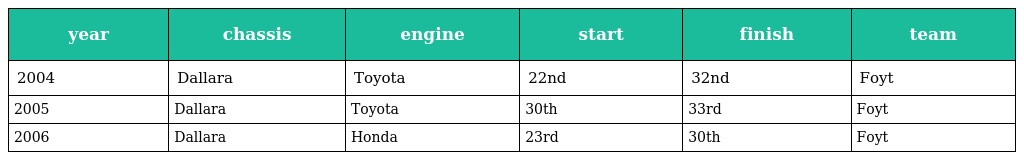
| year | chassis | engine | start | finish | team |
 | --- | --- | --- | --- | --- | --- |
 | 2004 | Dallara | Toyota | 22nd | 32nd | Foyt |
 | 2005 | Dallara | Toyota | 30th | 33rd | Foyt |
 | 2006 | Dallara | Honda | 23rd | 30th | Foyt |